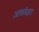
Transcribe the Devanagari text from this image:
आकांक्षा।